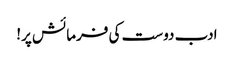
ادب دوست کی فرمائش پر!